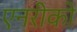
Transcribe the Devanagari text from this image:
एनरीको